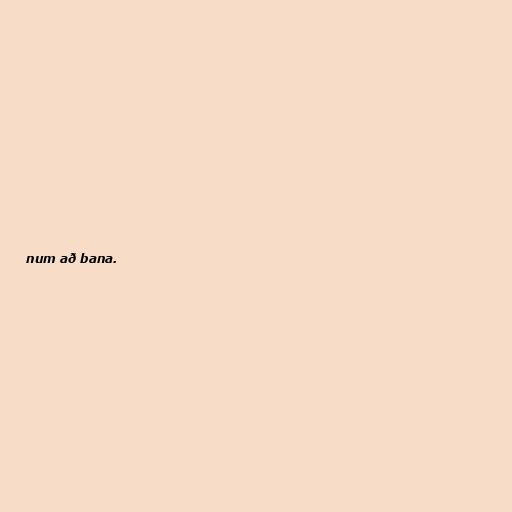
num að bana.